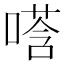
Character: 𫫚